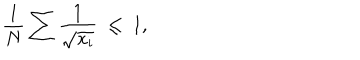
LaTeX: { \frac { 1 } { N } } \sum { \frac { 1 } { \sqrt { x _ { i } } } } \; \leq \; 1 ,